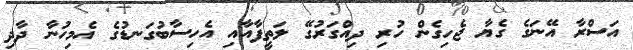
އަސްރާ އޭނަގެ ގެޔާ ޖެހިގެން ހުރި ދިއްގަރުގޭ ލަތީފާއާއި އެހިސާބުގަނޑުގެ އެމިހުނާ ދާދި